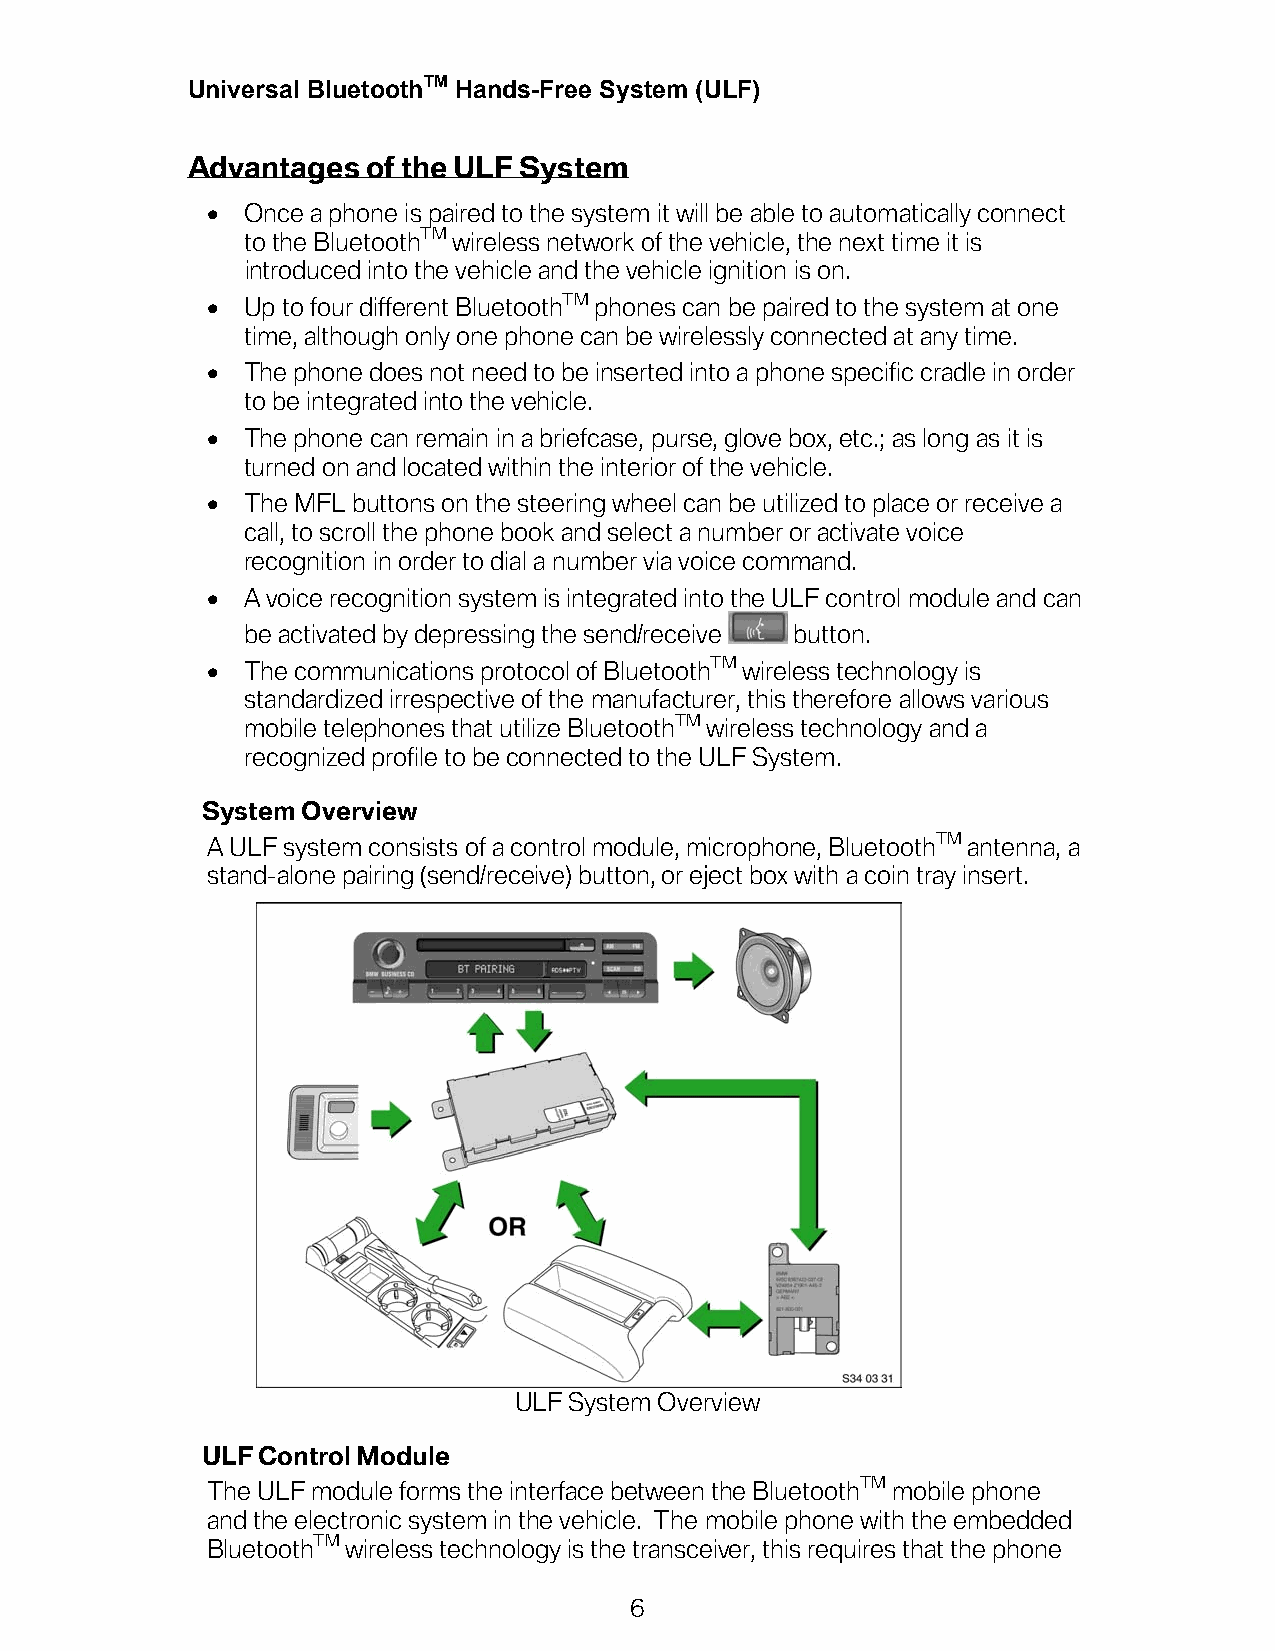
Universal BluetoothTM Hands-Free System (ULF)
 Advantages  of the ULF System
 • Once a phone is paired to the system it will be able to automatically connect
 to the BluetoothTM wireless network of the vehicle, the next time it is
 introduced into the vehicle and the vehicle ignition is on.
 • Up to four different BluetoothTM phones can be paired to the system at one
 time, although only one phone can be wirelessly connected at any time.
 • The phone does not need to be inserted into a phone specific cradle in order
 to be integrated into the vehicle.
 • The phone can remain in a briefcase, purse, glove box, etc.; as long as it is
 turned on and located within the interior of the vehicle.
 • The MFL buttons on the steering wheel can be utilized to place or receive a
 call, to scroll the phone book and select a number or activate voice
 recognition in order to dial a number via voice command.
 • A voice recognition system is integrated into the ULF control module and can
 be activated by depressing the send/receive button.
 • The communications protocol of BluetoothTM wireless technology is
 standardized irrespective of the manufacturer, this therefore allows various
 mobile telephones that utilize BluetoothTM wireless technology and a
 recognized profile to be connected to the ULF System.
 System Overview
 A ULF system consists of a control module, microphone, BluetoothTM antenna, a
 stand-alone pairing (send/receive) button, or eject box with a coin tray insert.
 ULF System Overview
 ULF Control Module
 The ULF module forms the interface between the BluetoothTM mobile phone
 and the electronic system in the vehicle. The mobile phone with the embedded
 BluetoothTM wireless technology is the transceiver, this requires that the phone
 6